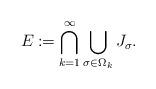
LaTeX: \begin{align*}E\coloneqq\bigcap_{k=1}^{\infty}\bigcup_{\sigma\in\Omega_{k}}J_{\sigma}.\end{align*}